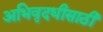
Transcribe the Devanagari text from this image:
अभिवृदधीसाठी